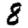
Digit: 8